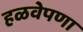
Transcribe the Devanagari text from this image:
हळवेपणा